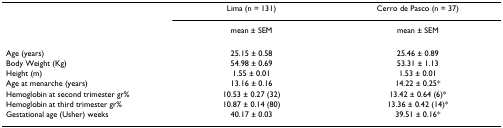
|  | Lima (n = 131) | Cerro de Pasco (n = 37) |
 |  | mean ± SEM | mean ± SEM |
 | --- | --- | --- |
 | Age (years) | 25.15 ± 0.58 | 25.46 ± 0.89 |
 | Body Weight (Kg) | 54.98 ± 0.69 | 53.31 ± 1.13 |
 | Height (m) | 1.55 ± 0.01 | 1.53 ± 0.01 |
 | Age at menarche (years) | 13.16 ± 0.16 | 14.22 ± 0.25* |
 | Hemoglobin at second trimester gr% | 10.53 ± 0.27 (32) | 13.42 ± 0.64 (6)* |
 | Hemoglobin at third trimester gr% | 10.87 ± 0.14 (80) | 13.36 ± 0.42 (14)* |
 | Gestational age (Usher) weeks | 40.17 ± 0.03 | 39.51 ± 0.16* |